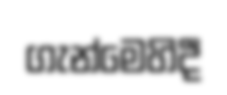
ගැන්මෙහිදී